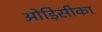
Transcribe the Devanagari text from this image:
ओड़िसीका